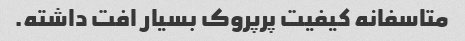
متاسفانه کیفیت پرپروک بسیار افت داشته.